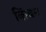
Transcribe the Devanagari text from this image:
किंचन